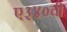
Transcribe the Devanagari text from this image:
ए३४०ची